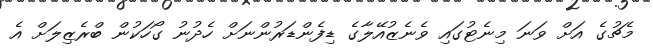
މެޗުގެ އަށް ވަނަ މިނެޓުގައި ވެނެޒުއޭލާގެ ޑިފެންޑަރުންނަށް ހެދުނު ގޯހަކުން ބްރެޒިލަށް އެ